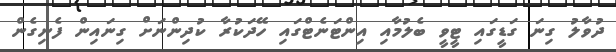
ދުވާލު ގިނަ ގަޑީގައި ޓީވީ ބެލުމާއި އިންޓަނެޓްގައި ހޭދަކުރާ ކުދިންނަށް ގިނައިން ފެނިގެން